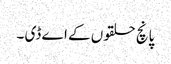
پانچ حلقوں کے اے ڈی ۔